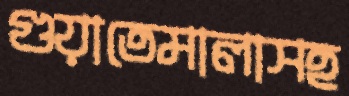
গুয়াতেমালাসহ